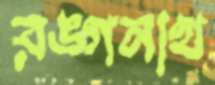
রঙ্গনাথ